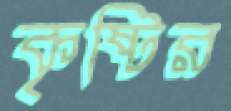
কৃষ্টির